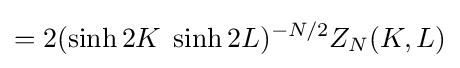
=2(\sinh 2K\;\sinh 2L)^{-N/2}Z_{N}(K,L)